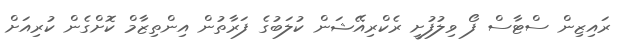
ރައިޒިން ސްޓާސް ފޯ ވިލުފުށީ ރެކްރިއޭޝަން ކުލަބުގެ ފަރާތުން އިންތިޒާމް ކޮށްގެން ކުރިއަށް